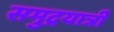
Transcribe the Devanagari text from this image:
समुद्रयात्री